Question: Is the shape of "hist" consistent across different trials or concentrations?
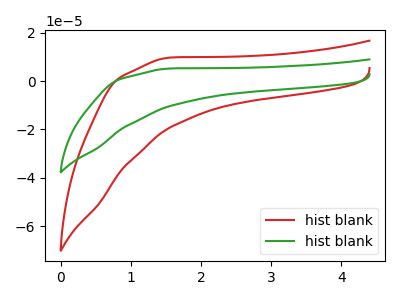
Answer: <think>The red curve "hist blank1" has no peaks. The green curve "hist blank2" has no peaks.
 Neither "hist blank1" or "hist blank2" have any peaks.</think>
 <answer>All the CV's of "hist" have similar shape.</answer>
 <eval>follow_rule</eval>